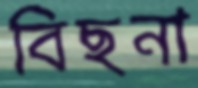
বিছনা